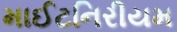
માઈટનિરીયમ